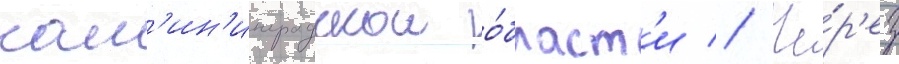
кал'ин'инградскои о́бласт'и // Че́р'ез